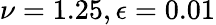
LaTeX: \nu=1.25,\epsilon=0.01